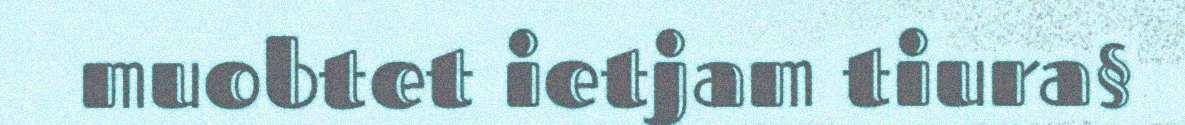
muobtet ietjam tiura§